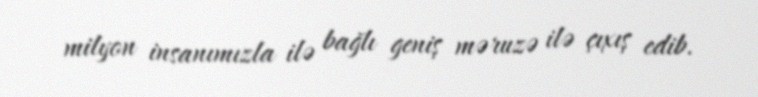
milyon insanımızla ilə bağlı geniş məruzə ilə çıxış edib.